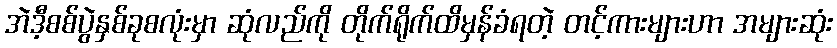
အဲဒီ့စစ်ပွဲနှစ်ခုစလုံးမှာ ဆုံလည်ကို တိုက်ရိုက်ထိမှန်ခံရတဲ့ တင့်ကားများဟာ အများဆုံး